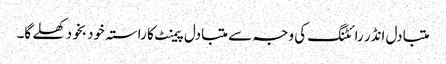
متبادل انڈر رائٹنگ کی وجہ سے متبادل پیمنٹ کا راستہ خود بخود کھلے گا۔